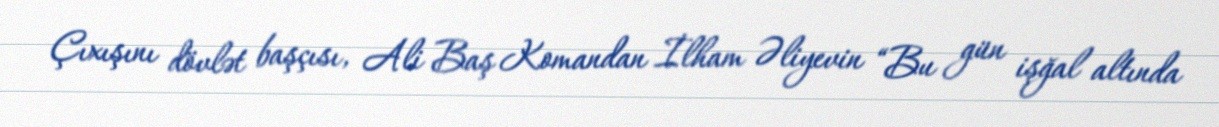
Çıxışını dövlət başçısı, Ali Baş Komandan İlham Əliyevin “Bu gün işğal altında